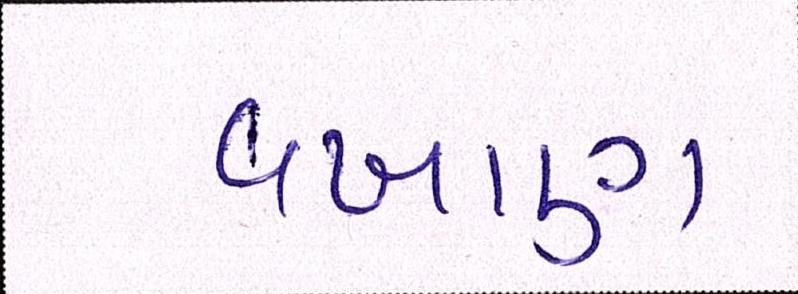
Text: વખાણ